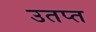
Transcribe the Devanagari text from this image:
उतप्त